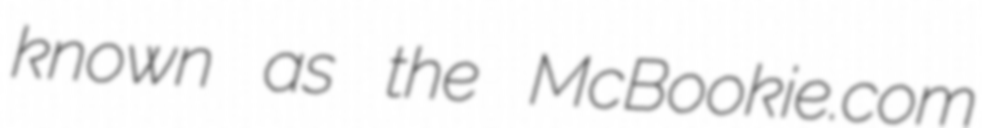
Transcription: known as the McBookie.com